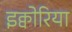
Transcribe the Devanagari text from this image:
इक्वोरिया